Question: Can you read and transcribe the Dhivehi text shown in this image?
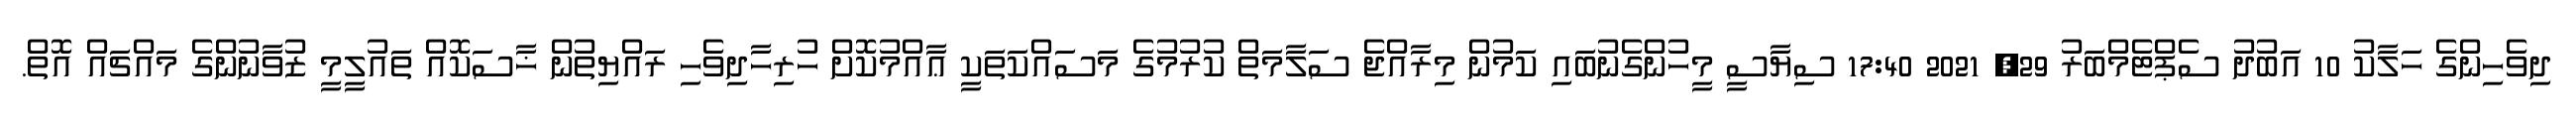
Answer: ދިވެހިންގެ ހަލާކު 10 އަބުދު ސެޕްޓެމްބަރު 29, 2021 17:40 ސިޔާސީ މީހުންގެނުބައި ކަމުން މިރާއްޖެ ސަލާމަތް ކުރުމުގެ މަސައްކަތަކީ ޢާއްމުކޮށް ހުރިހާދިވެހި ރައްޔިތުން ޚާސަކޮއް ތައުލީމީ ޒުވާނުންގެ މައްޗައް އޮތް.